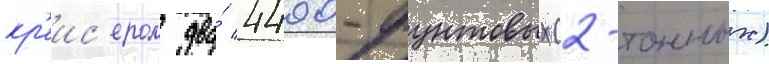
кр'еис'ером два́ 4400-фунтовых (2-тонных)